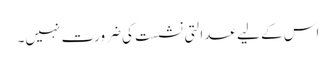
اس کے لیے عدالتی نشست کی ضرورت نہیں۔